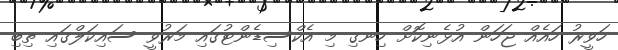
ހަވީރު ހައެއް ޖަހަން އުޅެނިކޮށް ހިނގި މި އެކްސިޑެންޓުގައި މަރުވީ ސައިކަލްގައި ތިބި